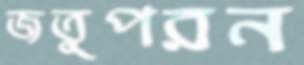
জতুপরন